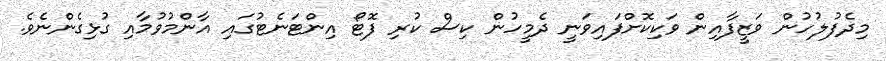
މިދެފުލުހުން ވަޒީފާއިން ވަކިކޮށްފައިވަނީ ދެމީހުން ކިސް ކުރި ފޮޓޯ އިންޓަނެޓުގައި އާންމުވުމާއި ގުޅިގެންނެވެ.